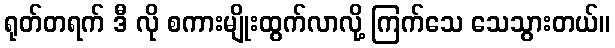
ရုတ်တရက် ဒီ လို စကားမျိုးထွက်လာလို့ ကြက်သေ သေသွားတယ်။